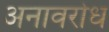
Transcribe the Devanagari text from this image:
अनावरोध